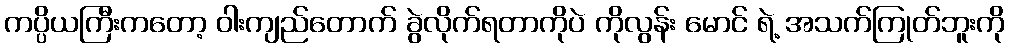
ကပ္ပိယကြီးကတော့ ဝါးကျည်တောက် ခွဲလိုက်ရတာကိုပဲ ကိုလွန်း မောင် ရဲ့ အသက်ကြုတ်ဘူးကို